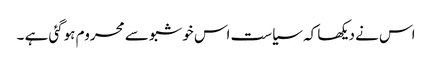
اس نے دیکھا کہ سیاست اس خوشبو سے محروم ہوگئی ہے ۔